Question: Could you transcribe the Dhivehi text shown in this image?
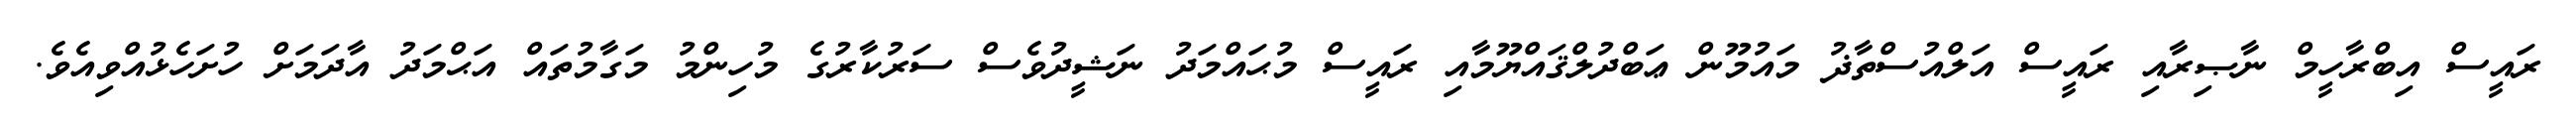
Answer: ރައީސް އިބްރާހީމް ނާޞިރާއި ރައީސް އަލްއުސްތާޛު މައުމޫން ޢަބްދުލްޤައްޔޫމާއި ރައީސް މުޙައްމަދު ނަޝީދުވެސް ސަރުކާރުގެ މުހިންމު މަގާމުތައް އަޙްމަދު އާދަމަށް ހުށަހެޅުއްވިއެވެ.